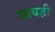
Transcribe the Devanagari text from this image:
सायज्ञी